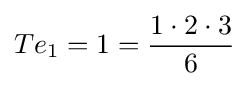
Te_{1}=1={\frac {1\cdot 2\cdot 3}{6}}